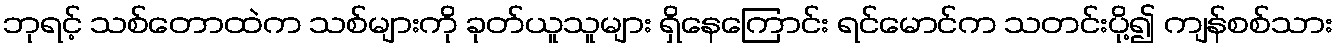
ဘုရင့် သစ်တောထဲက သစ်များကို ခုတ်ယူသူများ ရှိနေကြောင်း ရင်မောင်က သတင်းပို့၍ ကျန်စစ်သား